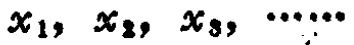
$x_1, x_2, x_3, \cdots$